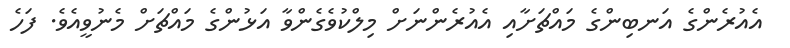
އެއުރެންގެ އަނބިންގެ މައްޗަށާއި އެއުރެންނަށް މިލްކުވެގެންވާ އަޅުންގެ މައްޗަށް މެނުވީއެވެ. ފަހެ